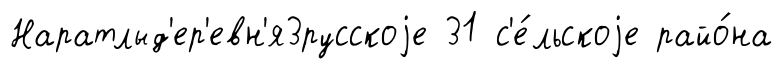
Наратлыд'ер'евн'я3русскоjе 31 с'е́льскоjе райо́на